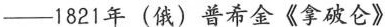
——1821年（俄）普希金《拿破仑》